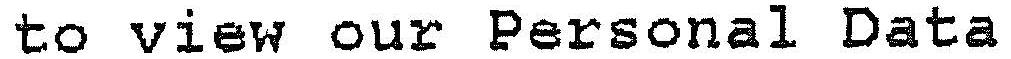
TO VIEW OUR PERSONAL DATA